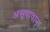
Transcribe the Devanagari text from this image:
असूयावान्